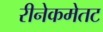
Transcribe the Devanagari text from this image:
रीनेकमेतट